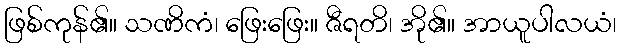
ဖြစ်ကုန်၏။ သဏိကံ၊ ဖြေးဖြေး။ ဇီရတိ၊ အို၏။ အာယူပါလယံ၊